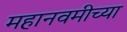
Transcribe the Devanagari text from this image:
महानवमीच्या